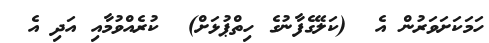
ހަމަކަށަވަރުން އެ  (ކަލޭގެފާނުގެ ހިތްޕުޅަށް)  ކުރެއްވުމާއި އަދި އެ